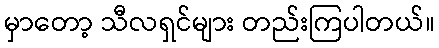
မှာတော့ သီလရှင်များ တည်းကြပါတယ်။